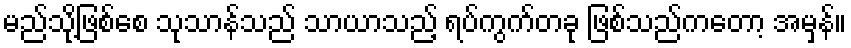
မည်သို့ဖြစ်စေ သုသာန်သည် သာယာသည့် ရပ်ကွက်တခု ဖြစ်သည်ကတော့ အမှန်။